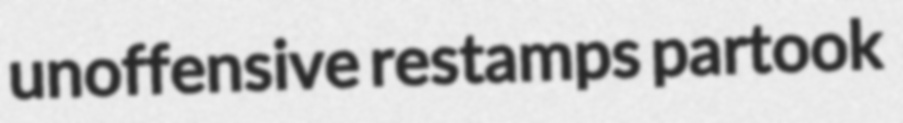
unoffensive restamps partook